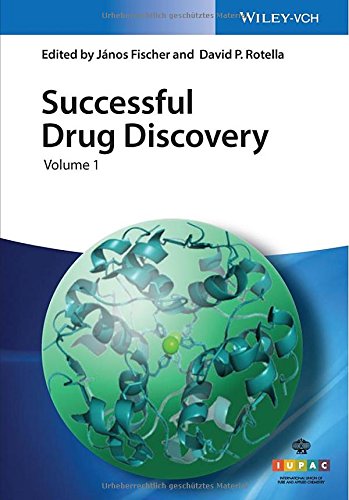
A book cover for Successful Drug Discovery; Medical Books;